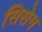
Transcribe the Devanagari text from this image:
सिसेम